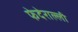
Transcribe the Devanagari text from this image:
फेदेराल्ली